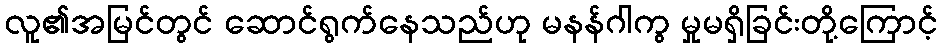
လူ၏အမြင်တွင် ဆောင်ရွက်နေသည်ဟု မနန်ဂါကွ မှုမရှိခြင်းတို့ကြောင့်